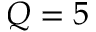
Q = 5